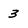
Character: 3